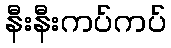
နီးနီးကပ်ကပ်